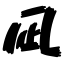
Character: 凪